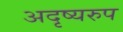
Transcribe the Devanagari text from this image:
अदृष्यरुप